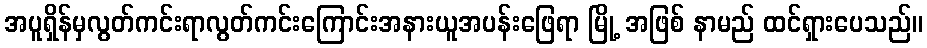
အပူရှိန်မှလွတ်ကင်းရာလွတ်ကင်းကြောင်းအနားယူအပန်းဖြေရာ မြို့ အဖြစ် နာမည် ထင်ရှားပေသည်။